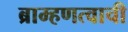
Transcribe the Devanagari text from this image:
ब्राम्हणत्वाची